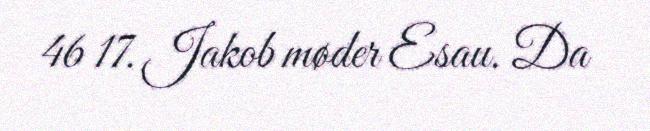
46 17. Jakob møder Esau. Da